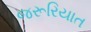
જરૂરિયાત